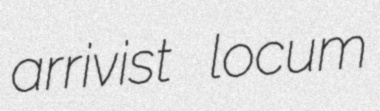
arrivist locum